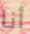
أنا